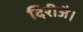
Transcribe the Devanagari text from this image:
दिरीजै।